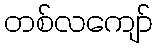
တစ်လကျော်